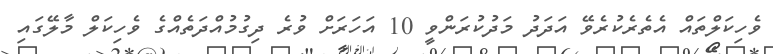
ވެހިކަލްތައް އެތެރެކުރެވޭ އަދަދު މަދުކުރަންވީ 10 އަހަރަށް ވުރެ ދިގުމުއްދަތެއްގެ ވެހިކަލް މާލޭގައި